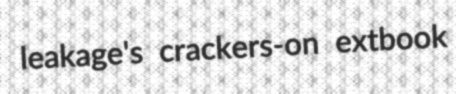
leakage's crackers-on extbook